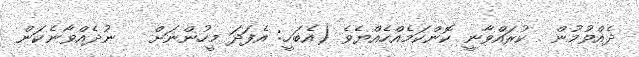
ދެއްވުމުން  ކުރައްވާނީ ކޮންކަމެއްހެއްޔެވެ (އެބަހީ: އެފަދަ މީހުންނަށް   ނުދެއްވާނެކަން